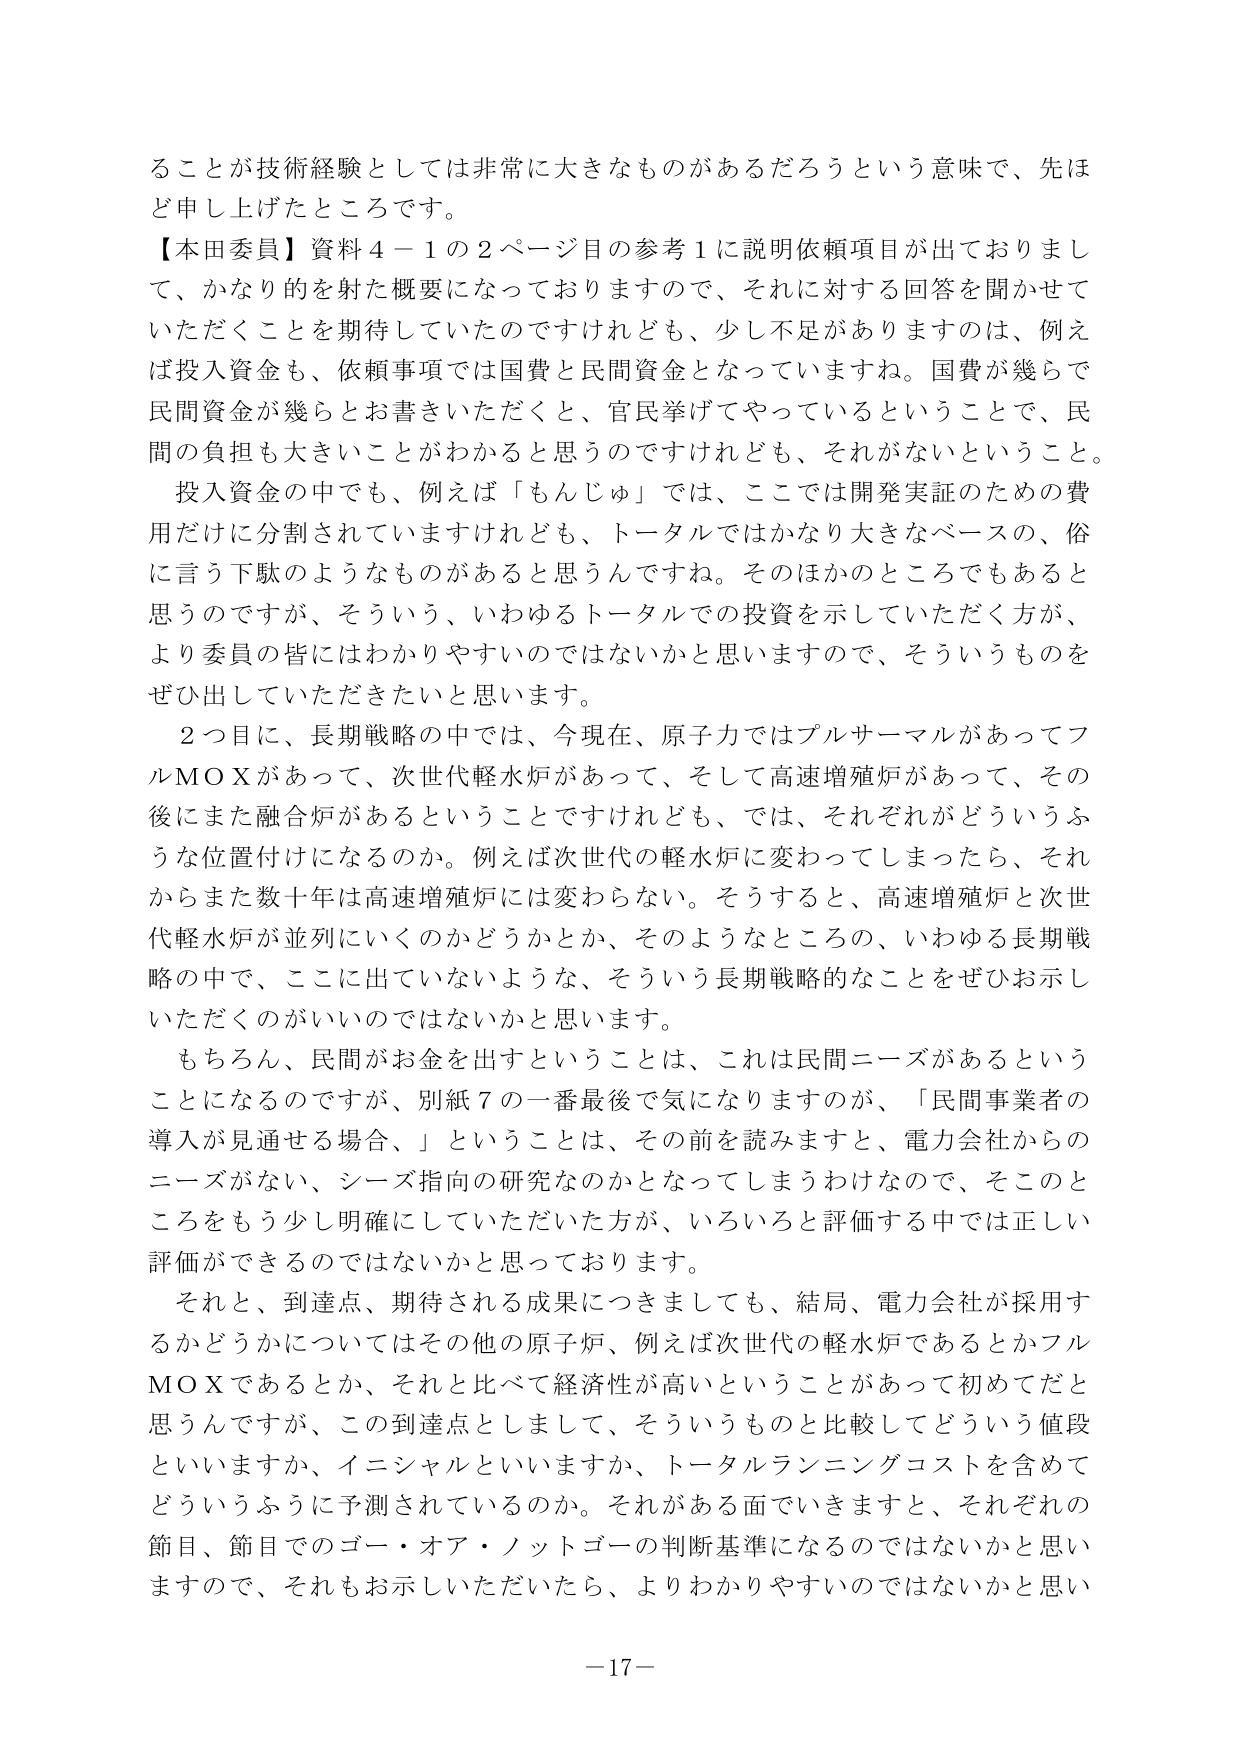
ることが技術経験としては非常に大きなものがあるだろうという意味で、先ほど申し上げたところです。

【本田委員】資料４－１の２ページ目の参考１に説明依頼項目が出ておりまして、かなり的を射た概要になっておりますので、それに対する回答を聞かせていただくことを期待していたのですけれども、少し不足がありますのは、例えば投入資金も、依頼事項では国費と民間資金となっていますね。国費が幾らで民間資金が幾らとお書きいただくと、官民挙げてやっているということで、民間の負担も大きいことがわかると思うのですけれども、それがないということ。

投入資金の中でも、例えば「もんじゅ」では、ここでは開発実証のための費用だけに分割されていますけれども、トータルではかなり大きなベースの、俗に言う下駄のようなものがあると思うんですね。そのほかのところでもあると思うのですが、そういう、いわゆるトータルでの投資を示していただく方が、より委員の皆にはわかりやすいのではないかと思いますので、そういうものをぜひ出していただきたいと思います。

２つ目に、長期戦略の中では、今現在、原子力ではプルサーマルがあってフルＭＯＸがあって、次世代軽水炉があって、そして高速増殖炉があって、その後にまた融合炉があるということですけれども、では、それぞれがどういうふうな位置付けになるのか。例えば次世代の軽水炉に変わってしまったら、それからまた数十年は高速増殖炉には変わらない。そうすると、高速増殖炉と次世代軽水炉が並列にいくのかどうかとか、そのようなところの、いわゆる長期戦略の中で、ここに出ていないような、そういう長期戦略的なことをぜひお示しいただくのがいいのではないかと思います。

もちろん、民間がお金を出すということは、これは民間ニーズがあるということになるのですが、別紙７の一番最後で気になりますのが、「民間事業者の導入が見通せる場合、」ということは、その前を読みますと、電力会社からのニーズがない、シーズ指向の研究なのかとなってしまうわけなので、そここのところをもう少し明確にしていただいた方が、いろいろと評価する中では正しい評価ができるのではないかと思っております。

それと、到達点、期待される成果につきましても、結局、電力会社が採用するかどうかについてはその他の原子炉、例えば次世代の軽水炉であるとかフルＭＯＸであるとか、それと比べて経済性が高いということがあって初めてだと思うんですが、この到達点としまして、そういうものと比較してどういう値段といいますか、イニシャルといいますか、トータルランニングコストを含めてどういうふうに予測されているのか。それがある面でいきますと、それぞれの節目、節目でのゴー・オア・ノットゴーの判断基準になるのではないかと思いますので、それもお示しいただいたら、よりわかりやすいのではないかと思います。

－17－